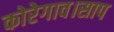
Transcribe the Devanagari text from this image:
कोरेगाव।साप